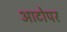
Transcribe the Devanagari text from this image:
आटोपर